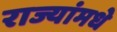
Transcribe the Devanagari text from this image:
राज्यांमधे